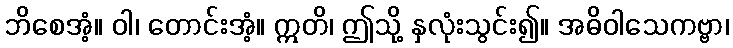
ဘိစေအံ့။ ဝါ၊ တောင်းအံ့။ ဣတိ၊ ဤသို့ နှလုံးသွင်း၍။ အဓိဝါသေကဗ္ဗာ၊